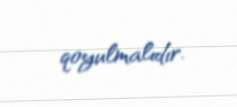
qoyulmalıdır.